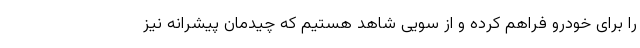
را برای خودرو فراهم کرده و از سویی شاهد هستیم که چیدمان پیشرانه نیز